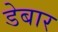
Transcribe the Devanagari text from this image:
डेबार